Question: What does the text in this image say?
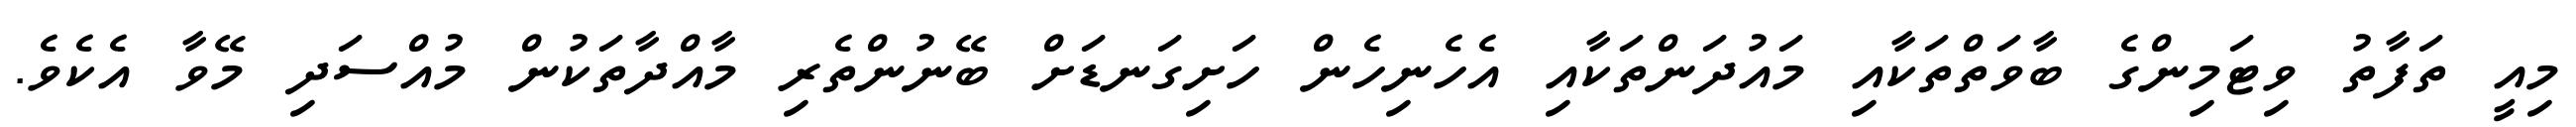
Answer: މިއީ ތަފާތު ވިޓަމިންގެ ބާވަތްތަކާއި މައުދަންތަކާއި އެހެނިހެން ހަށިގަނޑަށް ބޭނުންތެރި މާއްދާތަކުން މުއްސަދި މޭވާ އެކެވެ.